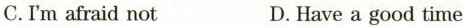
C.I'm afraid not D.Have a good time